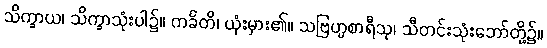
သိက္ခာယ၊ သိက္ခာသုံးပါ၌။ ကင်္ခတိ၊ ယုံးမှား၏။ သဗြဟ္မစာရီသု၊ သီတင်းသုံးဘော်တို့၌။